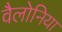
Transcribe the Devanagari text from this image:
वैलोनिया